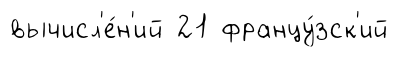
вычисл'е́н'ий 21 францу́зск'ий